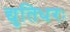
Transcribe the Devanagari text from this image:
द्युतिधरः